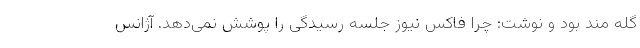
گله مند بود و نوشت: چرا فاکس نیوز جلسه رسیدگی را پوشش نمی‌دهد. آژانس